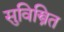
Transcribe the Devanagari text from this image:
सुविस्त्रित